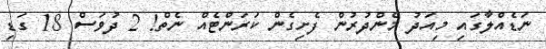
ނަޑެއްލާގައި މިއަދު މެންދުރުން ފެށިގެން ކަރަންޓެއް ނެތް! 2 ދުވަސް 18 ގަޑި